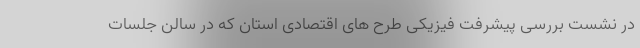
در نشست بررسی پیشرفت فیزیکی طرح های اقتصادی استان که در سالن جلسات